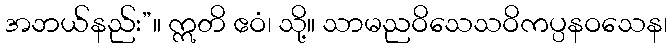
အဘယ်နည်း”။ ဣတိ ဧဝံ၊ သို့။ သာမညဝိသေသဝိကပ္ပနဝသေန၊